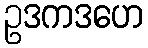
ဥဒကဒဟေ